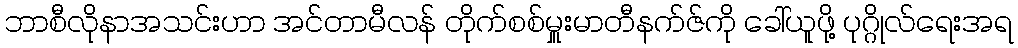
ဘာစီလိုနာအသင်းဟာ အင်တာမီလန် တိုက်စစ်မှူးမာတီနက်ဇ်ကို ခေါ်ယူဖို့ ပုဂ္ဂိုလ်ရေးအရ